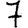
Digit: 7